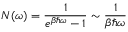
N ( \omega ) = \frac { 1 } { e ^ { \beta \hbar \omega } - 1 } \sim \frac { 1 } { \beta \hbar \omega }